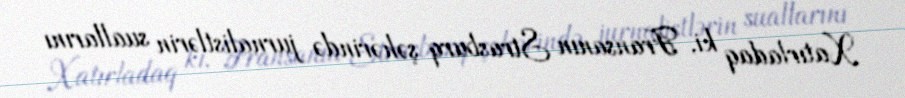
Xatırladaq ki, Fransanın Strasburq şəhərində jurnalistlərin suallarını